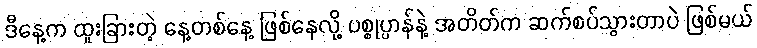
ဒီနေ့က ထူးခြားတဲ့ နေ့တစ်နေ့ ဖြစ်နေလို့ ပစ္စုပ္ပာန်နဲ့ အတိတ်က ဆက်စပ်သွားတာပဲ ဖြစ်မယ်